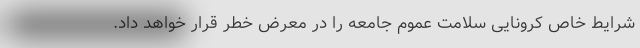
شرایط خاص کرونایی سلامت عموم جامعه را در معرض خطر قرار خواهد داد.